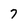
Character: 7